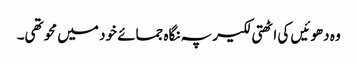
وہ دھوئیں کی اٹھتی لکیر پہ نگاہ جمائے خود میں محو تھی۔